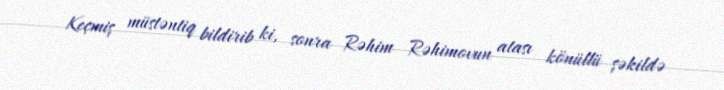
Keçmiş müstəntiq bildirib ki, sonra Rəhim Rəhimovun atası könüllü şəkildə